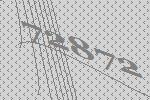
72872